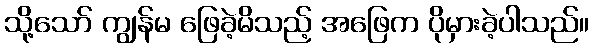
သို့သော် ကျွန်မ ဖြေခဲ့မိသည့် အဖြေက ပိုမှားခဲ့ပါသည်။